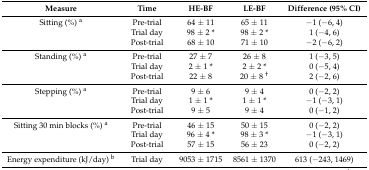
<table><thead><tr><td><b>Measure</b></td><td><b>Time</b></td><td><b>HE-BF</b></td><td><b>LE-BF</b></td><td><b>Difference (95% CI)</b></td></tr></thead><tbody><tr><td>Sitting (%) <sup>a</sup></td><td>Pre-trial</td><td>64 ± 11</td><td>65 ± 11</td><td>−1 (−6, 4)</td></tr><tr><td></td><td>Trial day</td><td>98 ± 2 *</td><td>98 ± 2 *</td><td>1 (−4, 6)</td></tr><tr><td></td><td>Post-trial</td><td>68 ± 10</td><td>71 ± 10</td><td>−2 (−6, 2)</td></tr><tr><td>Standing (%) <sup>a</sup></td><td>Pre-trial</td><td>27 ± 7</td><td>26 ± 8</td><td>1 (−3, 5)</td></tr><tr><td></td><td>Trial day</td><td>2 ± 1 *</td><td>2 ± 2 *</td><td>0 (−5, 4)</td></tr><tr><td></td><td>Post-trial</td><td>22 ± 8</td><td>20 ± 8 <sup>†</sup></td><td>2 (−2, 6)</td></tr><tr><td>Stepping (%) <sup>a</sup></td><td>Pre-trial</td><td>9 ± 6</td><td>9 ± 4</td><td>0 (−2, 2)</td></tr><tr><td></td><td>Trial day</td><td>1 ± 1 *</td><td>1 ± 1 *</td><td>−1 (−3, 1)</td></tr><tr><td></td><td>Post-trial</td><td>9 ± 5</td><td>9 ± 4</td><td>0 (−1, 2)</td></tr><tr><td>Sitting 30 min blocks (%) <sup>a</sup></td><td>Pre-trial</td><td>46 ± 15</td><td>50 ± 15</td><td>0 (−2, 2)</td></tr><tr><td></td><td>Trial day</td><td>96 ± 4 *</td><td>98 ± 3 *</td><td>−1 (−3, 1)</td></tr><tr><td></td><td>Post-trial</td><td>57 ± 15</td><td>56 ± 23</td><td>0 (−2, 2)</td></tr><tr><td>Energy expenditure (kJ/day) <sup>b</sup></td><td>Trial day</td><td>9053 ± 1715</td><td>8561 ± 1370</td><td>613 (−243, 1469)</td></tr></tbody></table>